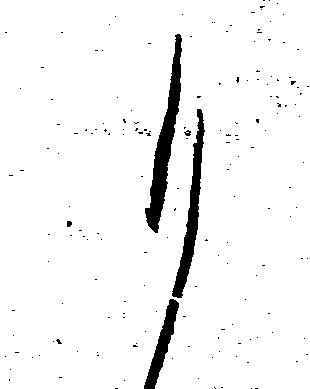
も